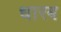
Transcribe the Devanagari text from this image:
धारब